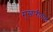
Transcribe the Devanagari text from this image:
मुखारीताल